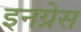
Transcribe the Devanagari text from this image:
इनग्रेस